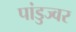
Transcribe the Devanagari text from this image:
पांडुज्वर